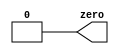
module top_module(output zero );
    assign zero=1'b0;

endmodule //Untitled-1